Civil Veterinary Department Bengal reports 1923-33 - 1923-1933
Year: 1923
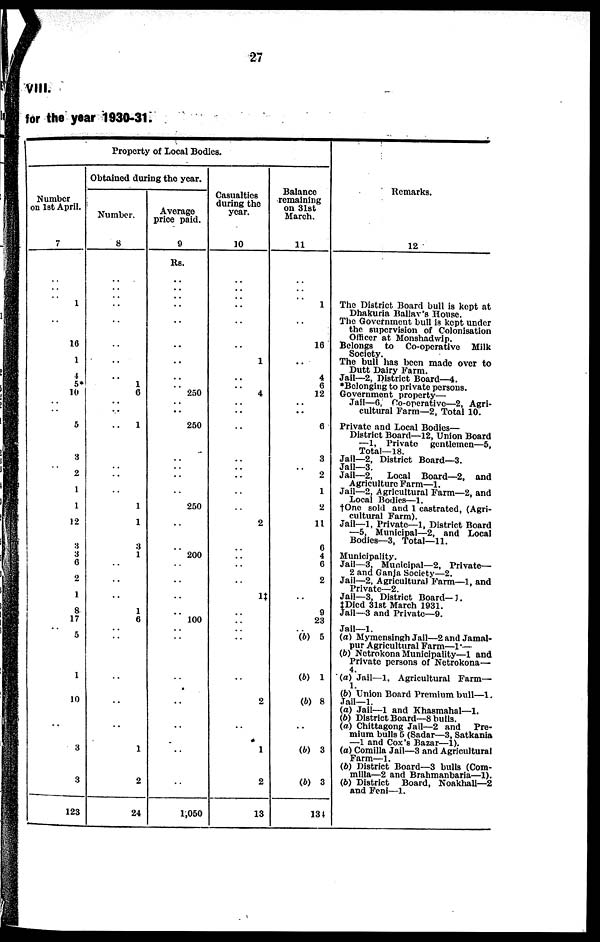
27
VIII.
for the year 1930-31.
Property of Local Bodies.
Number
on 1st April.
7
..
..
..
1
..
16
1
4
5*
10
..
..
5
3
..
2
1
1
12
3
3
6
2
1
1
8
17
..
5
1
10
..
3
3
123
Obtained during the year.
Number.
8
..
..
..
.. ..
..
..
..
1
6
..
..
.. 1
..
..
..
1
1
3
1
..
..
..
1
6
..
..
..
..
..
1
2
24
Average
price paid.
9
Rs.
..
..
..
.. ..
..
..
..
..
250
..
..
250
..
..
..
..
250
..
..
200
..
..
..
..
100
..
..
..
..
..
..
..
1,050
Casualties
during the
year.
10
..
..
..
.. ..
..
1
..
..
4
..
..
..
..
..
..
..
..
2
..
.. ..
..
1‡
..
..
..
..
..
2
..
1
2
13
Balance
remaining
on 31st
March.
11
..
..
..
1
..
16
..
4
6
12
.. ..
6
3
..
2
1
2
11
6
4
6
2
..
9
23
..
(b) 5
(6) 1
(b) 8
..
(b) 3
(b) 3
134
Remarks.
12
The District Board bull is kept at
Dhakuria Ballav's House.
The Government bull is kept under
the supervision of Colonisation
Officer at Monshadwip.
Belongs to Co-operative Milk Society.
The bull has been made over to
Dutt Dairy Farm.
Jail—2, District Board—4.
*Belonging to private persons.
Government property—
Jail—6, Co-operative—2, Agri-
cultural Farm—2, Total 10.
Private and Local Bodies—
District Board—12, Union Board
—1, Private gentlemen—5,
Total—18.
Jail—2, District Board—-3.
Jail—3.
Jail—2,
Local Board—2, and
Agriculture Farm—1.
Jail—2, Agricultural Farm—2, and
Local Bodies—1.
†One sold and 1 castrated, (Agri-
cultural Farm).
Jail—1, Private—1, District Board
—5. Municipal—2, and Local
Bodies—3, Total—11.
Municipality.
Jail—3, Municipal—2, Private—
2 and Ganja Society—2.
Jail—2, Agricultural Farm—1, and
Private—2.
Jail—3, District Board—1.
‡Dicd 31st March 1931.
Jail—3 and Private—9.
Jail—1.
(a) Mymensingh Jail—2 and Jamal-
pur Agricultural Farm—1—
(b) Netrokona Municipality—1 and
Private persons of Netrokona—
4.
(a) Jail—1. Agricultural Farm—
1.
(6) Union Board Premium bull—1.
Jail—1.
(a) Jail—1 and Khasmahal—1.
(6) District Board—8 bulls.
(a) Chittagong Jail—2 and
Pre-
mium bulls 5 (Sadar—3, Satkania
—1 and Cox's Bazar—1).
(a) Comilla Jail—3 and Agricultural
Farm—1.
(6) District Board—3 bulls (Com-
milla—2 and Brahmanbaria—1).
(6) District Board, Noakhali—2
and Feni—1.